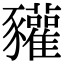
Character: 䝔